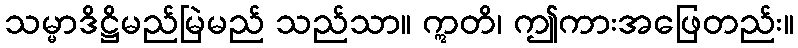
သမ္မာဒိဋ္ဌိမည်မြဲမည် သည်သာ။ ဣတိ၊ ဤကားအဖြေတည်း။